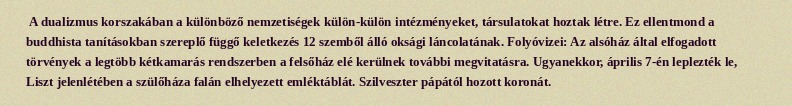
A dualizmus korszakában a különböző nemzetiségek külön-külön intézményeket, társulatokat hoztak létre. Ez ellentmond a buddhista tanításokban szereplő függő keletkezés 12 szemből álló oksági láncolatának. Folyóvizei: Az alsóház által elfogadott törvények a legtöbb kétkamarás rendszerben a felsőház elé kerülnek további megvitatásra. Ugyanekkor, április 7-én leplezték le, Liszt jelenlétében a szülőháza falán elhelyezett emléktáblát. Szilveszter pápától hozott koronát.